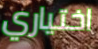
اختياري